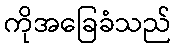
ကိုအခြေခံသည်